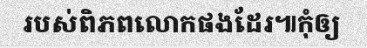
របស់ពិភពលោកផងដែរ៕កុំឲ្យ